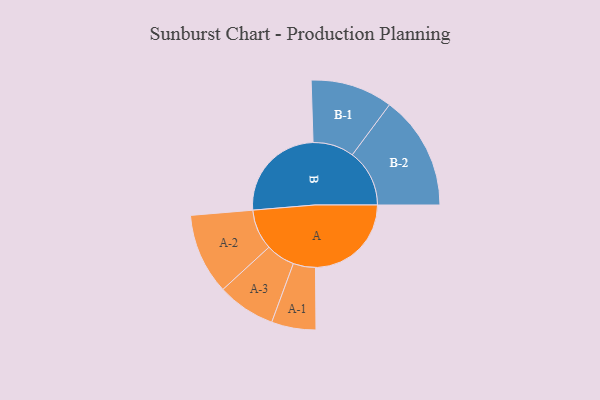
{"axis": {"x": "Segment", "y": "Value"}, "legend": ["", "A", "B"], "data": [{"x": "A", "y": 441, "type": ""}, {"x": "B", "y": 458, "type": ""}, {"x": "A-1", "y": 102, "type": "A"}, {"x": "A-2", "y": 186, "type": "A"}, {"x": "A-3", "y": 134, "type": "A"}, {"x": "B-1", "y": 189, "type": "B"}, {"x": "B-2", "y": 263, "type": "B"}]}